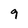
Character: 9